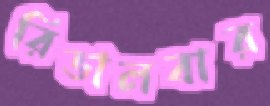
রিভালবার